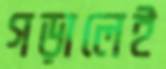
গড়ালেই